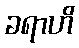
ခရာဟိ